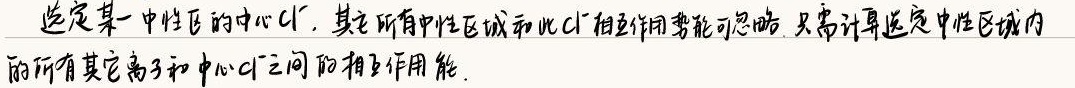
选定某一中性区的中心$\text{Cl}^{-}$，其它所有中性区域和此$\text{Cl}^{-}$相互作用势能可忽略，只需计算选定中性区域内的所有其它离子和中心$\text{Cl}^{-}$之间的相互作用能。